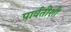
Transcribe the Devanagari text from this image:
पार्वतीशी